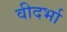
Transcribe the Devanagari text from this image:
वीदर्भा